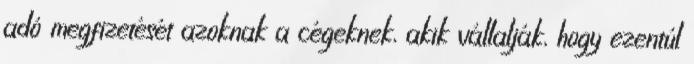
adó megfizetését azoknak a cégeknek, akik vállalják, hogy ezentúl